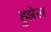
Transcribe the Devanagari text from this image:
हुझेस